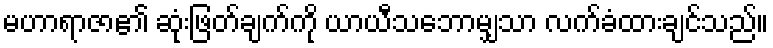
မဟာရာဇာ၏ ဆုံးဖြတ်ချက်ကို ယာယီသဘောမျှသာ လက်ခံထားချင်သည်။